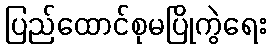
ပြည်ထောင်စုမပြိုကွဲရေး